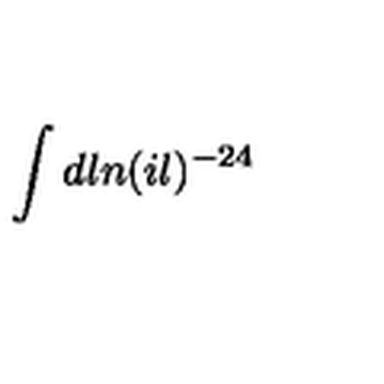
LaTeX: \int d l n ( i l ) ^ { - 2 4 }